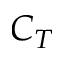
C _ { T }